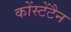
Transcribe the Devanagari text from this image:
कोंस्टेंटैन